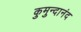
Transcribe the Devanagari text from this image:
कुमुन्दानंद